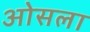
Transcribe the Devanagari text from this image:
ओसला